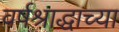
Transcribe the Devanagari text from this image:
वर्षश्राद्धाच्या